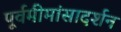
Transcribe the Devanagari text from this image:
पूर्वमीमांसादर्शन